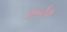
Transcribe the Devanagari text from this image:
कर्न्टक